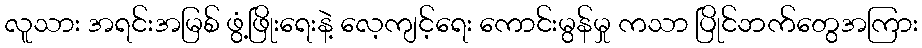
လူသား အရင်းအမြစ် ဖွံ့ဖြိုးရေးနဲ့ လေ့ကျင့်ရေး ကောင်းမွန်မှု ကသာ ပြိုင်ဘက်တွေအကြား